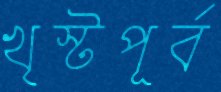
খৃস্টপূর্ব